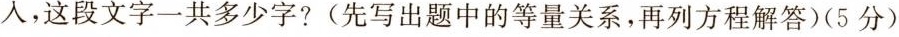
入，这段文字一共多少字?(先写出题中的等量关系，再列方程解答)(5分)